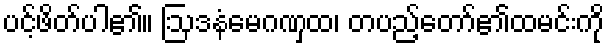
ပင့်ဖိတ်ပါ၏။ ဩဒနံမေဂဏှထ၊ တပည့်တော်၏ထမင်းကို